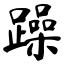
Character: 躁